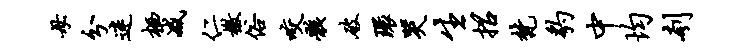
母分迷栖减仁檄俗咬骸破环哭生招梵豹中均刳